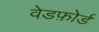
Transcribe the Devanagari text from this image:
वेडफ़ोर्ड